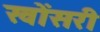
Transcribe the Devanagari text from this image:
खोंसरी